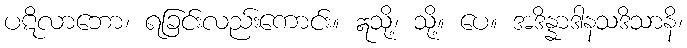
ပဋိလာဘော၊ ရခြင်းလည်းကောင်း။ ဣသို့၊ သို့။ ပေ။ အဒိန္နာဒါနသဒိသာနိ၊